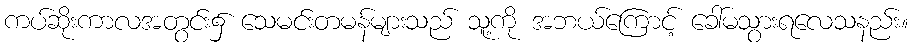
ကပ်ဆိုးကာလအတွင်း၌ သေမင်းတမန်များသည် သူ့ကို အဘယ်ကြောင့် ခေါ်မသွားရလေသနည်း။